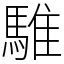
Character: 騅